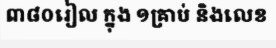
៣៨០រៀល ក្នុង ១គ្រាប់ និងលេខ